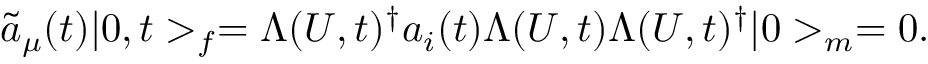
\tilde { a } _ { \mu } ( t ) | 0 , t > _ { f } = \Lambda ( U , t ) ^ { \dagger } a _ { i } ( t ) \Lambda ( U , t ) \Lambda ( U , t ) ^ { \dagger } | 0 > _ { m } = 0 .